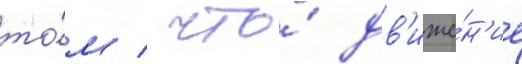
то́м / что́ дв'иже́н'ие